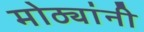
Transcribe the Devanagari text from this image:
मोठ्यांनी